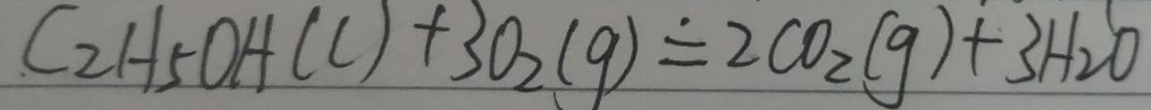
C _ { 2 } H _ { 5 } O H ( C ) + 3 O _ { 2 } ( g ) = 2 C O _ { 2 } ( g ) + 3 H _ { 2 } O